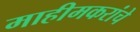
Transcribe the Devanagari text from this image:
माहीमकरांचे